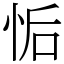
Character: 㤧